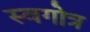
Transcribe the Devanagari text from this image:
स्वगोत्र